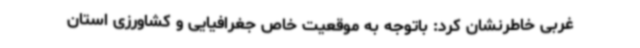
غربی خاطرنشان کرد: باتوجه به موقعیت خاص جغرافیایی و کشاورزی استان